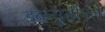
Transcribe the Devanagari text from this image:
डब्ल्यूसीएल